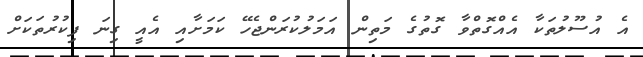
އެ އުސޫލުތަކާ އެއްގޮތްވާ ގޮތުގެ މަތިން އަމަލުކުރަންޖެހޭ ކަމަށާއި އެއީ ގިނަ ފިކުރުތަކަށް